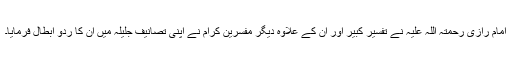
امام رازی رحمتہ اللہ علیہ نے تفسیر کبیر اور ان کے علاوہ دیگر مفسرین کرام نے اپنی تصانیف جلیلہ میں ان کا ردّو ابطال فرمایا۔